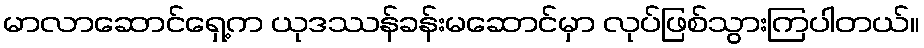
မာလာဆောင်ရှေ့က ယုဒဿန်ခန်းမဆောင်မှာ လုပ်ဖြစ်သွားကြပါတယ်။